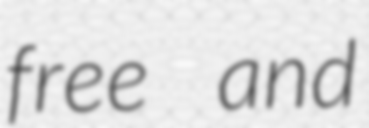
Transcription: free and